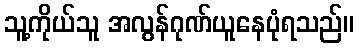
သူ့ကိုယ်သူ အလွန်ဂုဏ်ယူနေပုံရသည်။